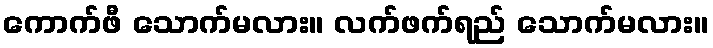
ကောက်ဖီ သောက်မလား။ လက်ဖက်ရည် သောက်မလား။